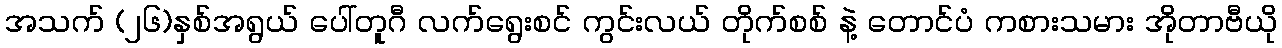
အသက် (၂၆)နှစ်အရွယ် ပေါ်တူဂီ လက်ရွေးစင် ကွင်းလယ် တိုက်စစ် နဲ့ တောင်ပံ ကစားသမား အိုတာဗီယို